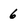
Character: 6